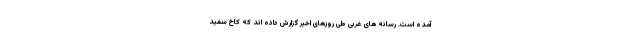
آمده است. رسانه های غربی طی روزهای اخیر گزارش داده اند که کاخ سفید